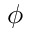
\phi